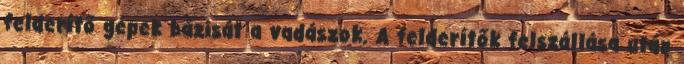
felderítő gépek bázisát a vadászok. A felderítők felszállása után